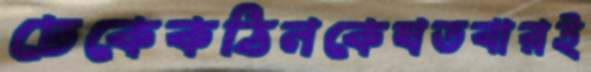
ঢেকেকঠিনকেযতবারই